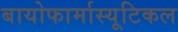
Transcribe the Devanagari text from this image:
बायोफार्मास्यूटिकल